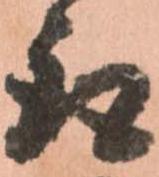
取